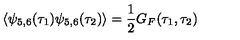
\langle \psi _ { 5 , 6 } ( \tau _ { 1 } ) \psi _ { 5 , 6 } ( \tau _ { 2 } ) \rangle = \frac { 1 } { 2 } G _ { F } ( \tau _ { 1 } , \tau _ { 2 } ) \nonumber